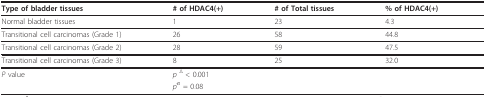
<table><thead><tr><td><b>Type of bladder tissues</b></td><td><b># of HDAC4(+)</b></td><td><b># of Total tissues</b></td><td><b>% of HDAC4(+)</b></td></tr></thead><tbody><tr><td>Normal bladder tissues</td><td>1</td><td>23</td><td>4.3</td></tr><tr><td>Transitional cell carcinomas (Grade 1)</td><td>26</td><td>58</td><td>44.8</td></tr><tr><td>Transitional cell carcinomas (Grade 2)</td><td>28</td><td>59</td><td>47.5</td></tr><tr><td>Transitional cell carcinomas (Grade 3)</td><td>8</td><td>25</td><td>32.0</td></tr><tr><td><i>P </i>value</td><td colspan="3"><i>p </i><sup>Δ </sup>&lt; 0.001</td></tr><tr><td></td><td colspan="3"><i>p</i><sup>σ </sup>= 0.08</td></tr></tbody></table>